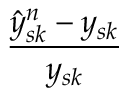
\frac { \hat { y } _ { s k } ^ { n } - y _ { s k } } { y _ { s k } }